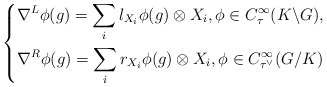
\begin{align*} \left\{ \begin{aligned} &\nabla^L\phi(g)=\sum_i l_{X_i} \phi(g)\otimes X_i,\phi\in C^\infty_\tau(K\backslash G),\\ &\nabla^R\phi(g)=\sum_i r_{X_i}\phi(g)\otimes X_i,\phi\in C^\infty_{\tau^\vee}(G/K) \end{aligned}\right.\end{align*}